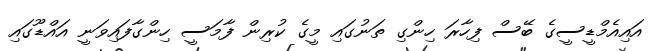
އައިއެމްޑީސީގެ ބޭސް ފިހާރަ ހިންގި ތަނުގައި މީގެ ކުރިން ފާމަސީ ހިންގާފައިވަނީ އައްޑޫގައި